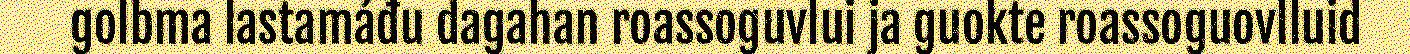
golbma lastamáđu dagahan roassoguvlui ja guokte roassoguovlluid